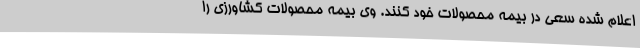
اعلام شده سعی در بیمه محصولات خود کنند. وی بیمه محصولات کشاورزی را